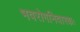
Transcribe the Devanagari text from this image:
भवरोगनिवारकः